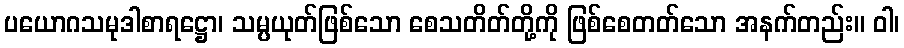
ပယောဂသမုဒါစာရဋ္ဌော၊ သမ္ပယုတ်ဖြစ်သော စေသတိတ်တို့ကို ဖြစ်စေတတ်သော အနက်တည်း။ ဝါ၊